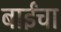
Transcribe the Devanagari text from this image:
बाईंचा